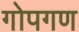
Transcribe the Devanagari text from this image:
गोपगण